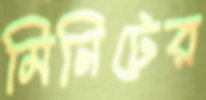
মিনিটের